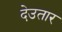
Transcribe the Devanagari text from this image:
देउतार